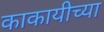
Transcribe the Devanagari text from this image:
काकायीच्या